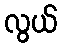
လွယ်